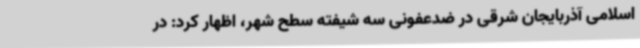
اسلامی آذربایجان شرقی در ضدعفونی سه شیفته سطح شهر، اظهار کرد: در